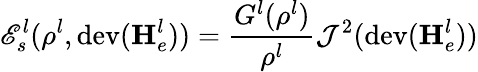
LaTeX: \mathscr{E}_{s}^{l}(\rho^{l},\mathrm{dev}(\mathbf{H}_{e}^{l}))=\frac{G^{l}(\rho^{l})}{\rho^{l}}\mathcal{J}^{2}(\mathrm{dev}(\mathbf{H}_{e}^{l}))